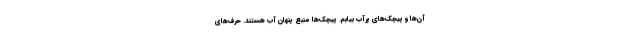
آن‌ها و پیچک‌های پرآب بیابم. پیچک‌ها منبع پنهان آب هستند. حرف‌های